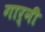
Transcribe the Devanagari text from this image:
गार्नी